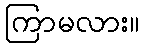
ကြာမလား။